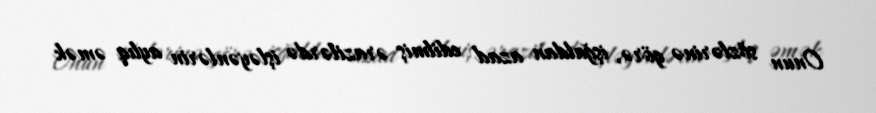
Onun sözlərinə görə, işğaldan azad edilmiş ərazilərdə işləyənlərin aylıq əmək